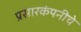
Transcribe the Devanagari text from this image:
प्रसारकंपनीचे